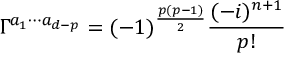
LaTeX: \Gamma ^ { a _ { 1 } \cdots a _ { d - p } } = ( - 1 ) ^ { \frac { p ( p - 1 ) } { 2 } } \frac { ( - i ) ^ { n + 1 } } { p ! }